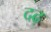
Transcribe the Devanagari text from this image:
दढ़